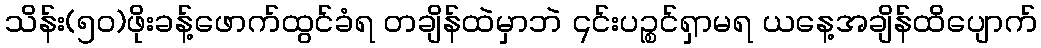
သိန်း(၅၀)ဖိုးခန့်ဖောက်ထွင်ခံရ တချိန်ထဲမှာဘဲ ၎င်းပဉ္စင်ရှာမရ ယနေ့အချိန်ထိပျောက်